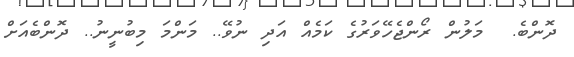
ދޮންބެ.  މަލުން ރޯންޖެހޭވަރުގެ ކަމެއް އަދި ނުވޭ.. މަންމަ މިބުނީނު.. ދޮންބެއަށް